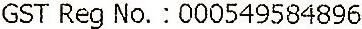
GST REG NO. : 000549584896